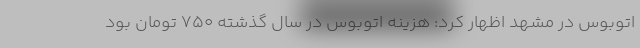
اتوبوس در مشهد اظهار کرد: هزینه اتوبوس در سال گذشته ۷۵۰ تومان بود